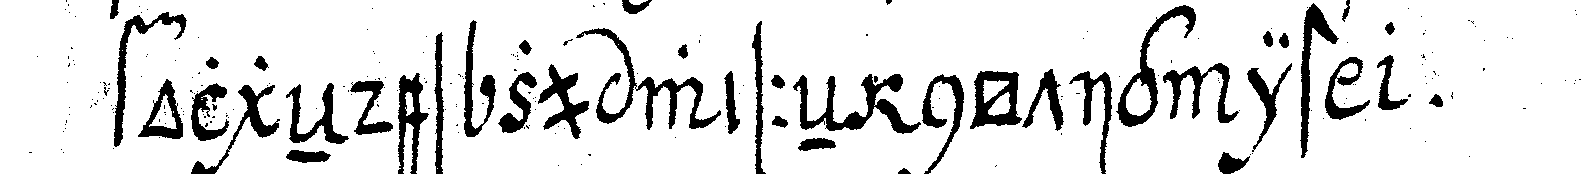
folgeNdes zu wisseN nötig ist  .